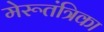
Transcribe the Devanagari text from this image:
मेरूतंत्रिका